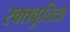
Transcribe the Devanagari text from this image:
रक्तवूतिता